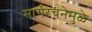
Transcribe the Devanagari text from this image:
मार्गरचनेमुळे